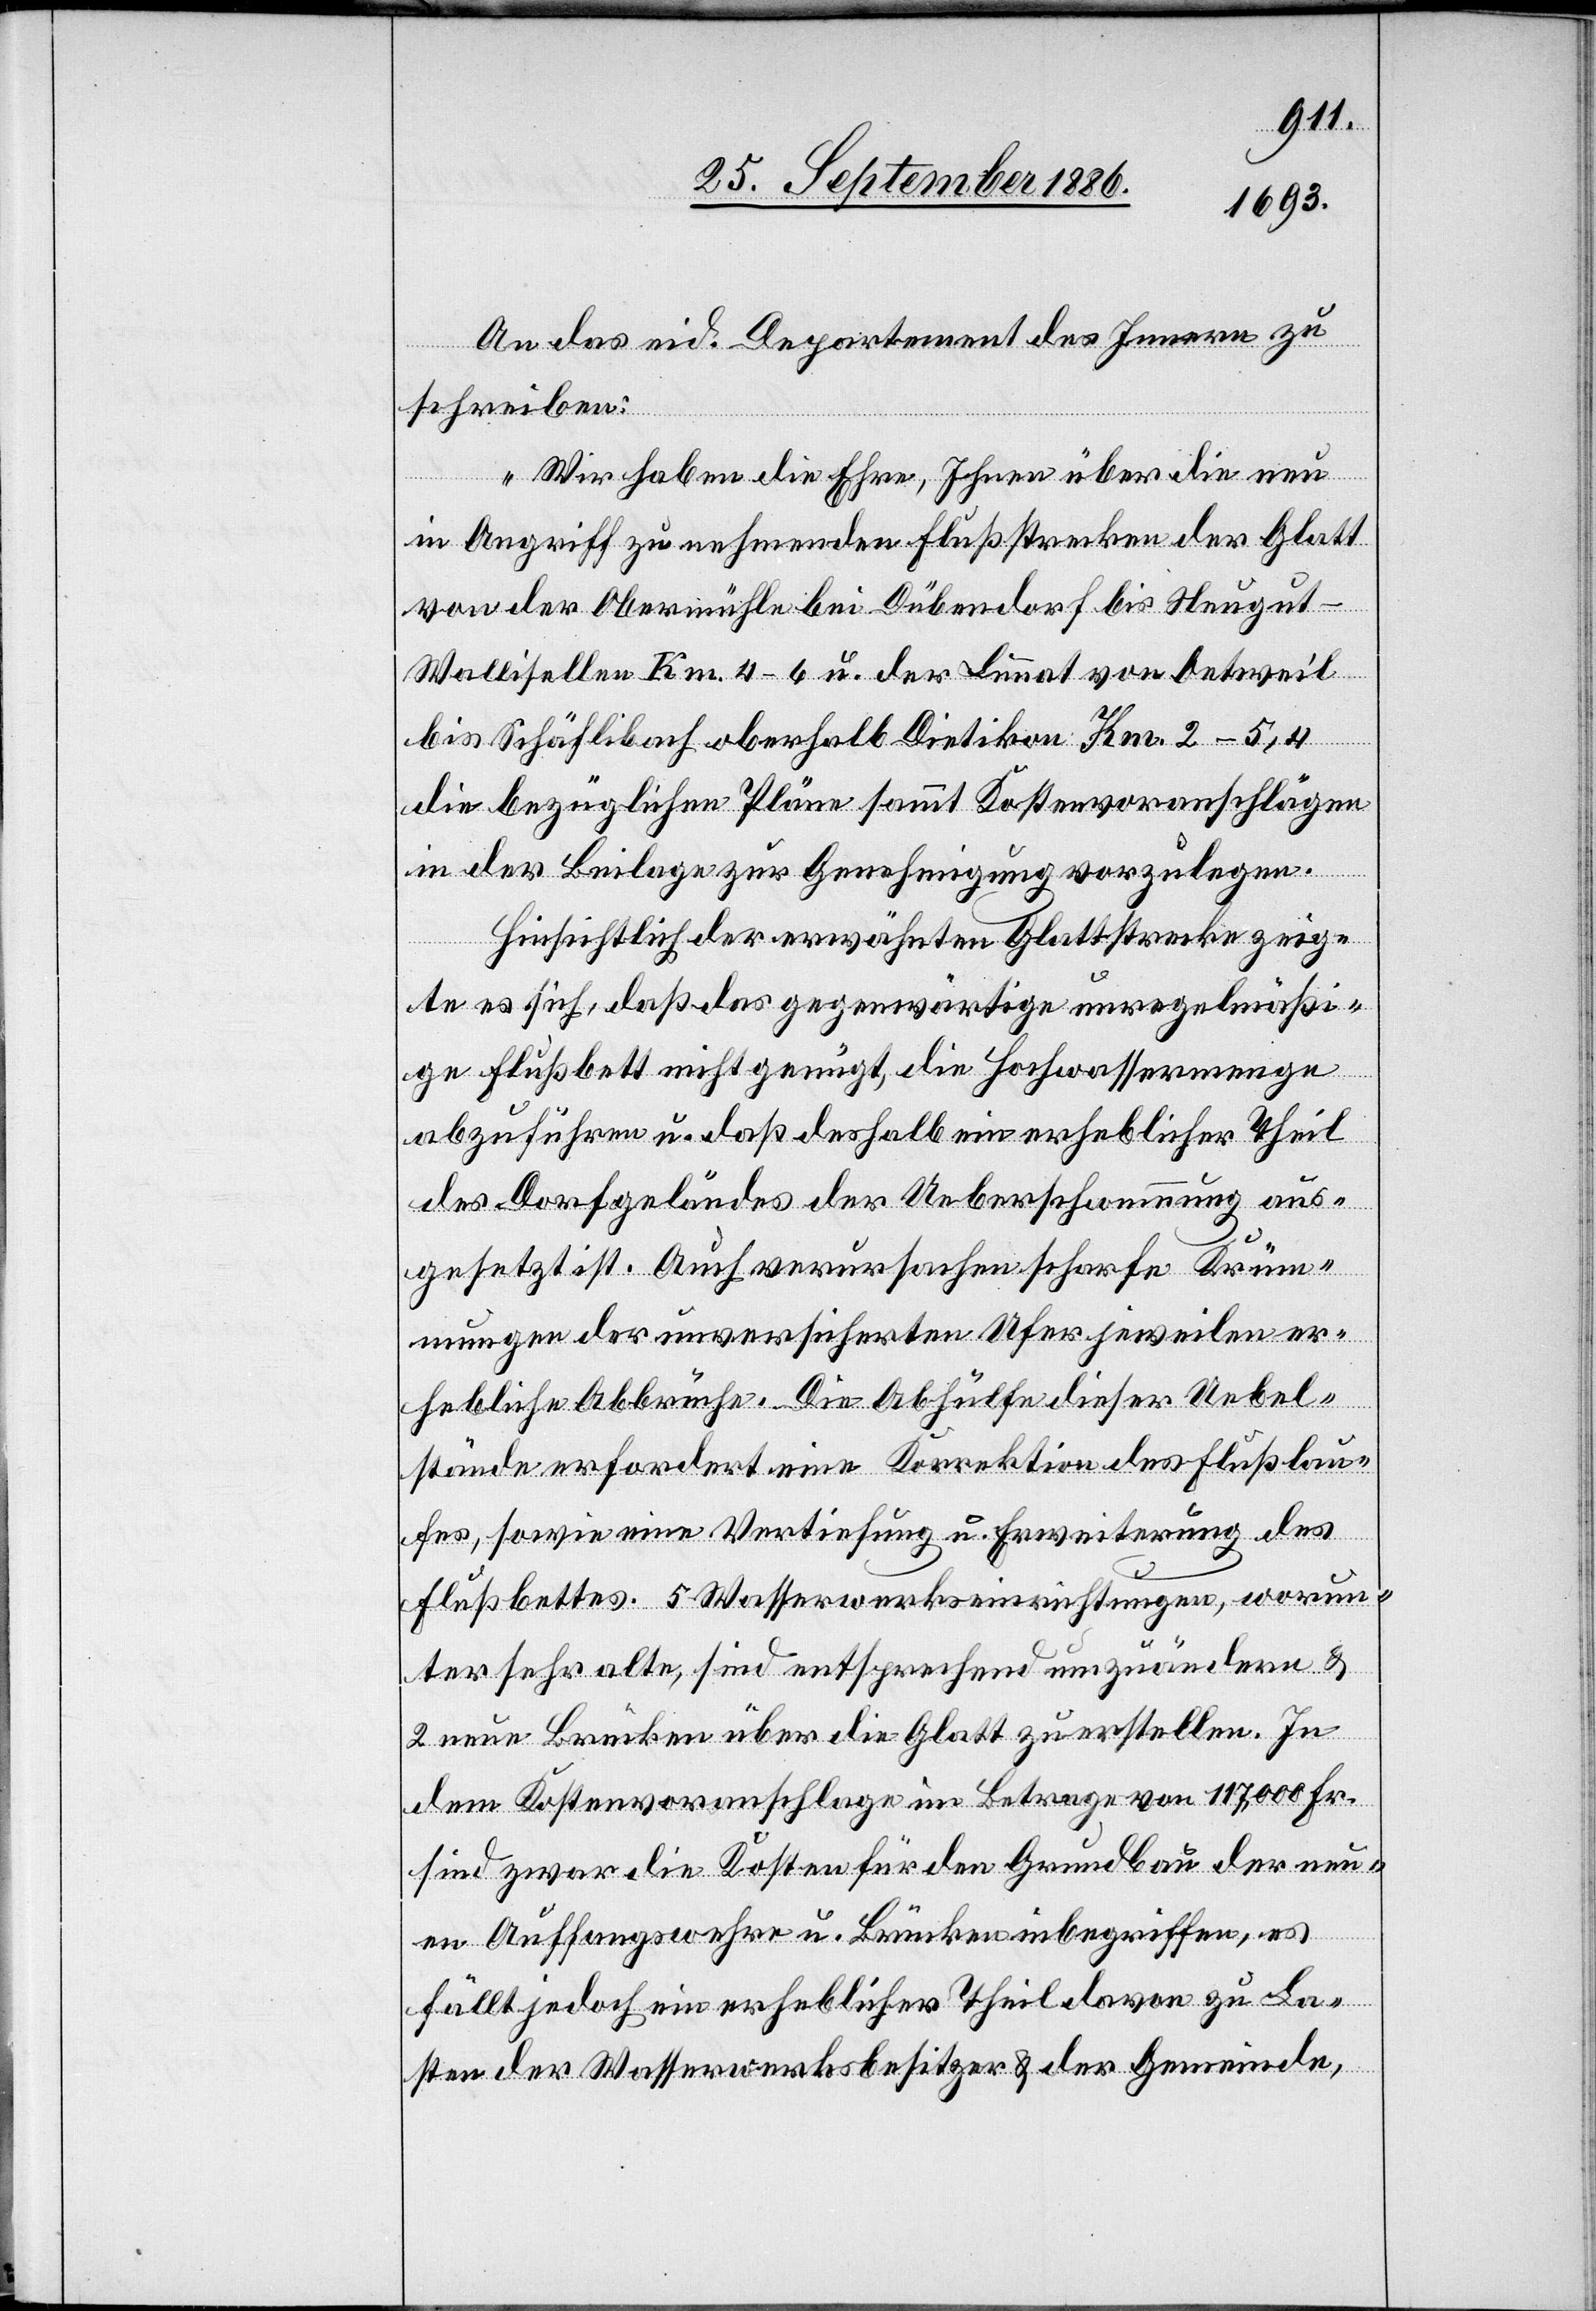
An das eid. Departement des Innern zu
schreiben:
„Wir haben die Ehre, Ihnen über die neu
in Angriff zu nehmenden Flußstrecken der Glatt
von der Obermühle bei Dübendorf bis Neugut
Wallisellen Km. 4–6 u. der Limmat von Oetweil
bis Schäflibach oberhalb Dietikon Km. 2–5,4
die bezüglichen Pläne sammt Kostenvoranschlägen
in der Beilage zur Genehmigung vorzulegen.
Hinsichtlich der erwähnten Glattstrecke zeig¬
te es sich, daß das gegenwärtige unregelmäßi¬
ge Flußbett nicht genügt, die Hochwassermenge
abzuführen u. daß deshalb ein erheblicher Theil
des Dorfgeländes der Ueberschwemmung aus¬
gesetzt ist. Auch verursachen scharfe Krüm¬
mungen der unversicherten Ufer jeweilen er¬
hebliche Abbrüche. Die Abhülfe dieser Uebel¬
stände erfordert eine Korrektion des Flußlau¬
fes, sowie eine Vertiefung u. Erweiterung des
Flußbettes. 5 Wasserwerkseinrichtungen, worun¬
ter sehr alte, sind entsprechend umzuändern &
2 neue Brücken über die Glatt zu erstellen. In
dem Kostenvoranschlage im Betrage von 117,000 Fr.
sind zwar die Kosten für den Grundbau der neu¬
en Auffangswehre u. Brücken inbegriffen, es
fällt jedoch ein erheblicher Theil davon zu La¬
sten der Wasserwerksbesitzer & der Gemeinde,